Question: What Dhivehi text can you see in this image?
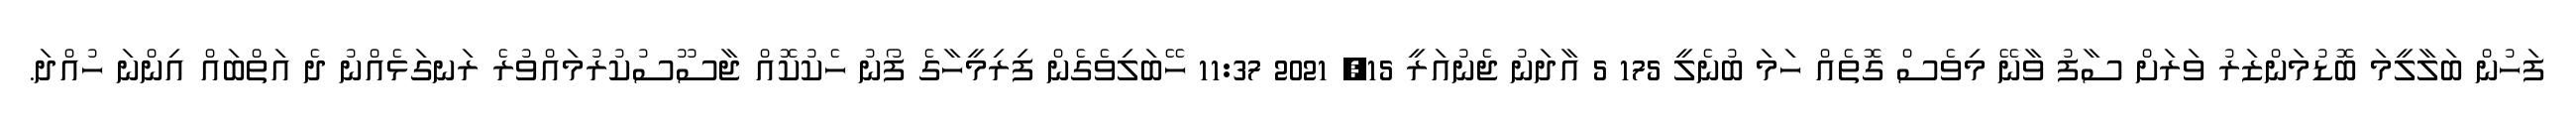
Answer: ފަހުން ބަލާލީމަ ބޮޑުމަންޒަރު ވަރަށް ސާފު ވާނޭ މިވެސް ގޮތެއް ހަމަ ބުނެލީ 175 5 އާދަނު ޖެނުއަރީ 15, 2021 11:37 ހޭބަލިވެގެން ފިރިމީހާގެ ފޯނު ހެކުކޮއް ޖާސޫސުކުރުމައްވުރެ ރަނގަޅެއްނު ދެ އަތްބައް އިންނަ ހުއްދަ.